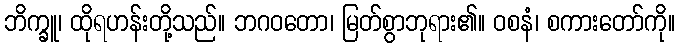
ဘိက္ခူ၊ ထိုရဟန်းတို့သည်။ ဘဂဝတော၊ မြတ်စွာဘုရား၏။ ဝစနံ၊ စကားတော်ကို။